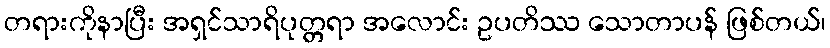
တရားကိုနာပြီး အရှင်သာရိပုတ္တရာ အလောင်း ဥပတိဿ သောတာပန် ဖြစ်တယ်၊